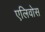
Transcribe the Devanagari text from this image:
एलिवोस